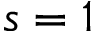
s = 1